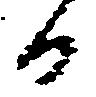
日